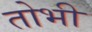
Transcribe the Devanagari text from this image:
तोभी